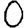
Digit: 0